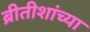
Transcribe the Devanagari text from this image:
ब्रीतीशांच्या